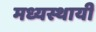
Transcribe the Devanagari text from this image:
मध्यस्थायी